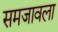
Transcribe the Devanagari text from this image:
समजावला